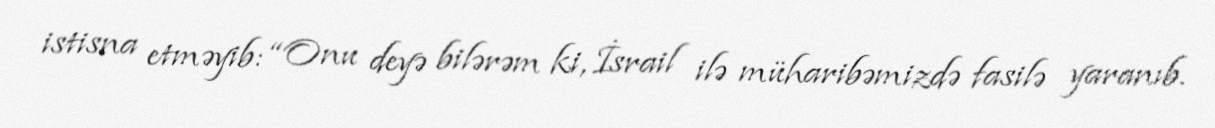
istisna etməyib: “Onu deyə bilərəm ki, İsrail ilə müharibəmizdə fasilə yaranıb.